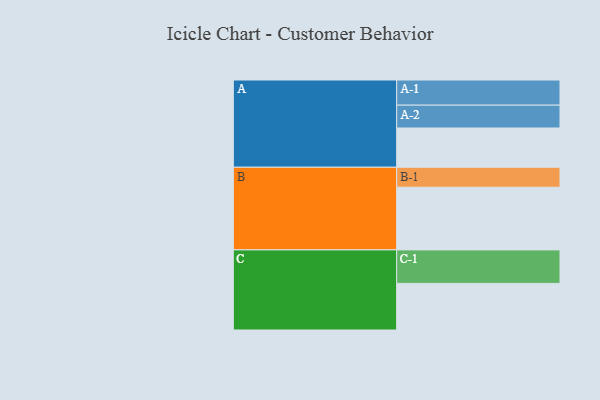
{"axis": {"x": "Segment", "y": "Value"}, "legend": ["", "A", "B", "C"], "data": [{"x": "A", "y": 314, "type": ""}, {"x": "B", "y": 501, "type": ""}, {"x": "C", "y": 373, "type": ""}, {"x": "A-1", "y": 201, "type": "A"}, {"x": "A-2", "y": 183, "type": "A"}, {"x": "B-1", "y": 160, "type": "B"}, {"x": "C-1", "y": 268, "type": "C"}]}